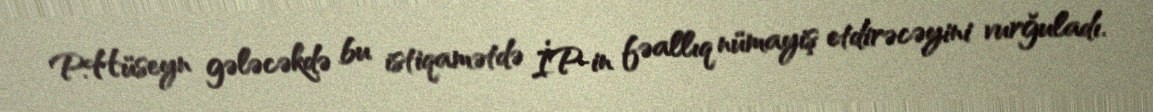
P.Hüseyn gələcəkdə bu istiqamətdə İP-in fəallıq nümayiş etdirəcəyini vurğuladı.